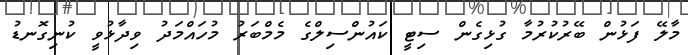
މާލޭ ފަޅުން ބޭރުކުރުމާ ގުޅިގެން ސިޓީ ކައުންސިލްގެ މެމްބަރު މުހައްމަދު ވިދާޅުވީ ކުނިގޮނޑު